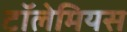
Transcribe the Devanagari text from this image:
टॉलेमियस